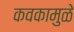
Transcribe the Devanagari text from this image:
कवकामुळे